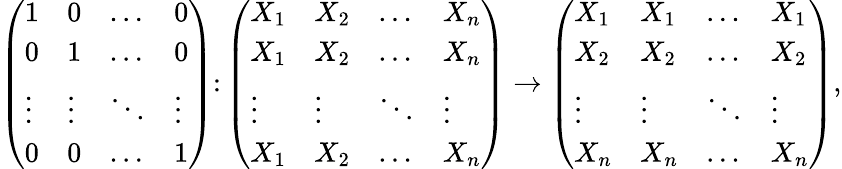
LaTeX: \begin{array}{r}{\left(\begin{array}{llll}{1}&{0}&{\dots}&{0}\\ {0}&{1}&{\dots}&{0}\\ {\vdots}&{\vdots}&{\ddots}&{\vdots}\\ {0}&{0}&{\dots}&{1}\end{array}\right)\colon\left(\begin{array}{llll}{X_{1}}&{X_{2}}&{\dots}&{X_{n}}\\ {X_{1}}&{X_{2}}&{\dots}&{X_{n}}\\ {\vdots}&{\vdots}&{\ddots}&{\vdots}\\ {X_{1}}&{X_{2}}&{\dots}&{X_{n}}\end{array}\right)\to\left(\begin{array}{llll}{X_{1}}&{X_{1}}&{\dots}&{X_{1}}\\ {X_{2}}&{X_{2}}&{\dots}&{X_{2}}\\ {\vdots}&{\vdots}&{\ddots}&{\vdots}\\ {X_{n}}&{X_{n}}&{\dots}&{X_{n}}\end{array}\right),}\end{array}